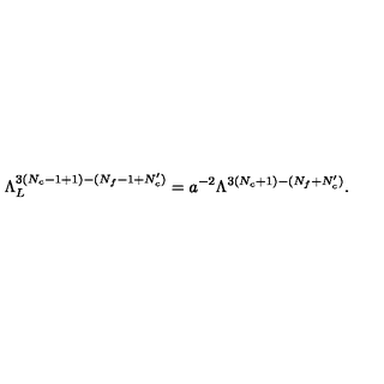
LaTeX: \Lambda _ { L } ^ { 3 ( N _ { c } - 1 + 1 ) - ( N _ { f } - 1 + N _ { c } ^ { \prime } ) } = a ^ { - 2 } \Lambda ^ { 3 ( N _ { c } + 1 ) - ( N _ { f } + N _ { c } ^ { \prime } ) } .